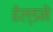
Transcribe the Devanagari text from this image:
हेल्डने